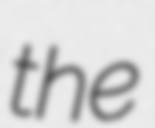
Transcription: the